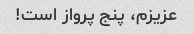
عزیزم، پنج پرواز است!